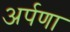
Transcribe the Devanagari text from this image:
अर्पणा